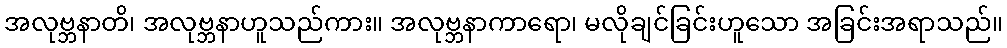
အလုဗ္ဘနာတိ၊ အလုဗ္ဘနာဟူသည်ကား။ အလုဗ္ဘနာကာရော၊ မလိုချင်ခြင်းဟူသော အခြင်းအရာသည်။